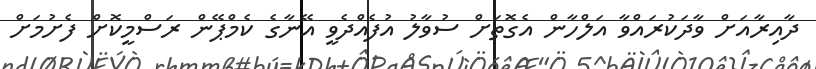
ދާއިރާއަށް ވާދަކުރައްވާ އަލްހާން އެގޮތަށް ސުވާލު އުފެއްދެވީ އޭނާގެ ކެމްޕޭން ރަސްމީކޮށް ފެށުމަށް